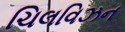
ચિલવિઝન